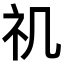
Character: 𥘌